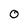
Character: 0